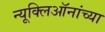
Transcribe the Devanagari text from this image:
न्यूक्लिऑनांच्या